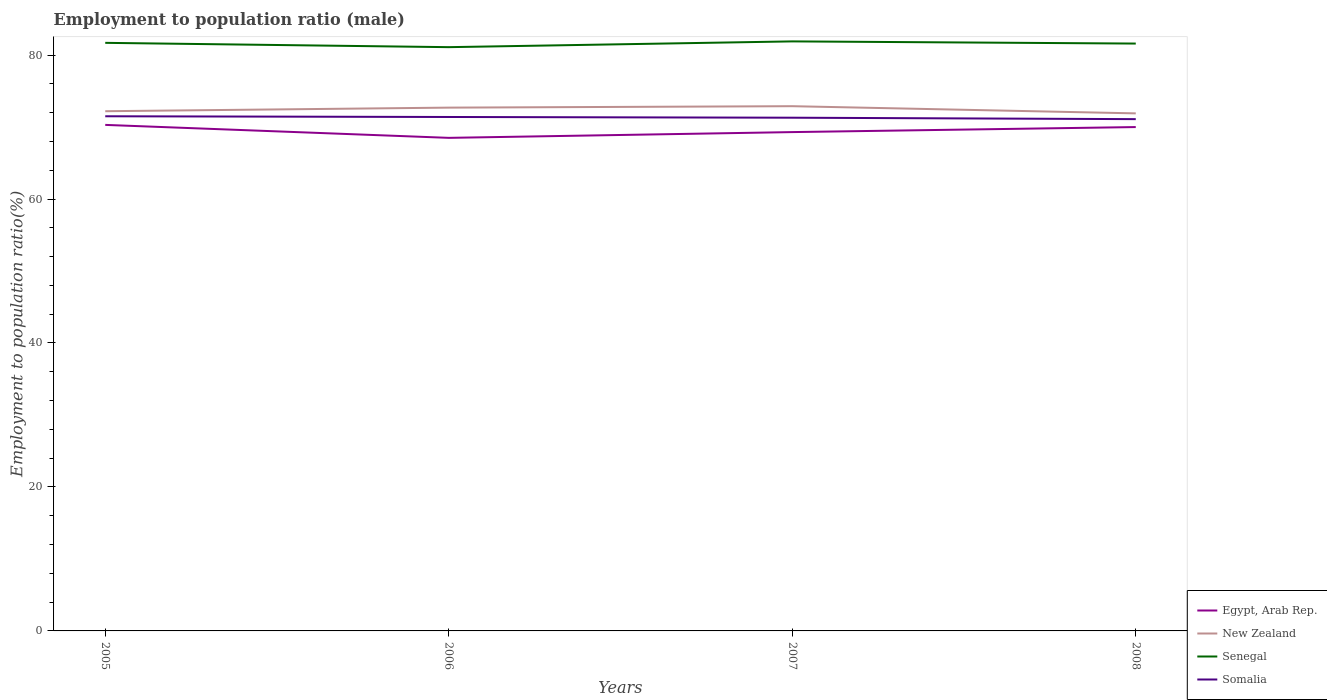
| Years | Egypt, Arab Rep. | New Zealand | Senegal | Somalia |
 | --- | --- | --- | --- | --- |
 | 2005 | 70.3 | 72.2 | 81.7 | 71.5 |
 | 2006 | 68.5 | 72.7 | 81.1 | 71.4 |
 | 2007 | 69.3 | 72.9 | 81.9 | 71.3 |
 | 2008 | 70 | 71.9 | 81.6 | 71.1 |